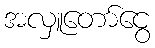
အလှူတော်ငွေ